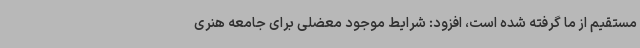
مستقیم از ما گرفته شده است، افزود: شرایط موجود معضلی برای جامعه هنری